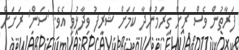
ފަރާތުން ވެސް ރަށް ގިރަމުންދާ ކަމަށް ޝަރީފު ވިދާޅުވި އެވެ. 'ސަން' ރަށަށް